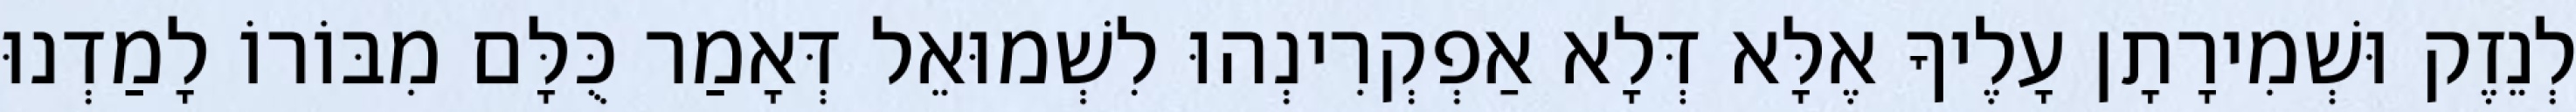
לְנֵזֶק וּשְׁמִירָתָן עָלֶיךָ אֶלָּא דְּלָא אַפְקְרִינְהוּ לִשְׁמוּאֵל דְּאָמַר כֻּלָּם מִבּוֹרוֹ לָמַדְנוּ